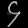
Digit: ၄